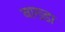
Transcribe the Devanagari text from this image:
बाख्डा